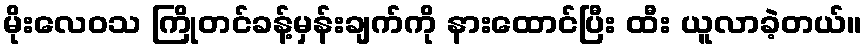
မိုးလေဝသ ကြိုတင်ခန့်မှန်းချက်ကို နားထောင်ပြီး ထီး ယူလာခဲ့တယ်။